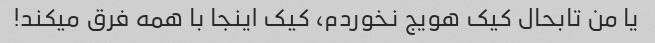
یا من تابحال کیک هویج نخوردم، کیک اینجا با همه فرق میکند!